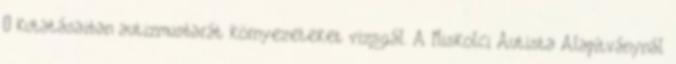
– kutatásaiban autizmusbarát környezeteket vizsgál. A Miskolci Autista Alapítványnál